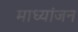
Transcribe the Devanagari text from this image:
माध्यांजन